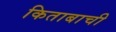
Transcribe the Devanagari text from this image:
किताबाची